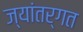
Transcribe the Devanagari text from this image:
ज्यांतर्गत